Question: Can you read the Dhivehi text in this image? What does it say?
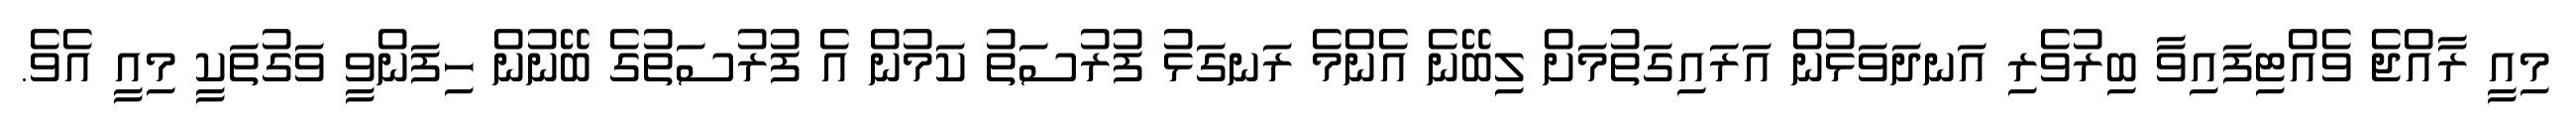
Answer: މިއީ ރާއްޖެ ވެއްޓިފައިވާ ބިރުވެރި އަނދަވަޅުން އަރައިގަތުމަށް ލިބޭނެ އެންމެ ރަނގަޅު ފުރުސަތު ކަމުން އެ ފުރުސަތުގެ ބޭނުން ހިފަންވީ ވަގުތަކީ މިއީ އެވެ.